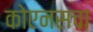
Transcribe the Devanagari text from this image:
कोएनसचा